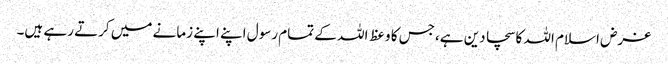
غرض اسلام اللہ کا سچا دین ہے،جس کا وعظ اللہ کے تمام رسول اپنے اپنے زمانے میں کرتے رہے ہیں۔